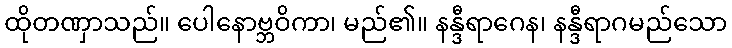
ထိုတဏှာသည်။ ပေါနောဗ္ဘဝိကာ၊ မည်၏။ နန္ဒီရာဂေန၊ နန္ဒီရာဂမည်သော